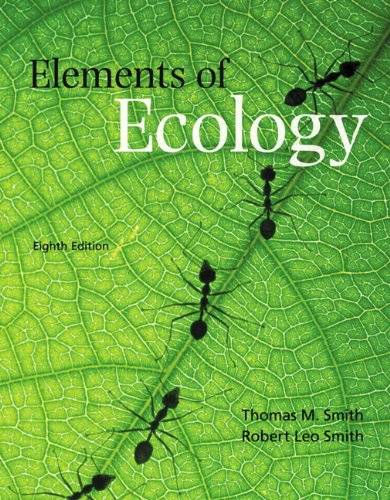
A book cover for Elements of Ecology (8th Edition); Thomas M. Smith; Science & Math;